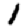
Digit: 1